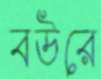
বউরে